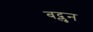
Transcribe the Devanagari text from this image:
बद्लुन